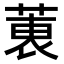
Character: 𫈶